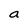
Character: a